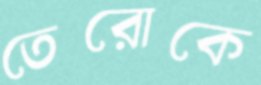
তেরোকে